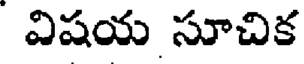
విషయ సూచిక